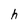
Character: h